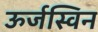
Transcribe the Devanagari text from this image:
ऊर्जस्विन